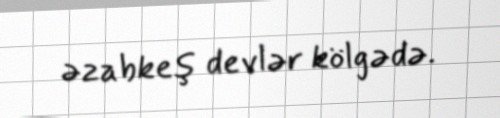
əzabkeş devlər kölgədə.